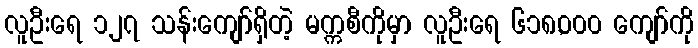
လူဦးရေ ၁၂၇ သန်းကျော်ရှိတဲ့ မက္ကစီကိုမှာ လူဦးရေ ၆၁၈,၀၀၀ ကျော်ကို